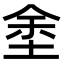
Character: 𡌆